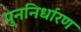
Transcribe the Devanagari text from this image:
पुननिर्धारण